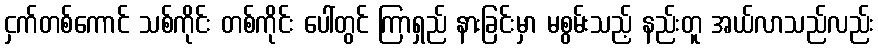
ငှက်တစ်ကောင် သစ်ကိုင်း တစ်ကိုင်း ပေါ်တွင် ကြာရှည် နားခြင်းမှာ မစွမ်းသည့် နည်းတူ အယ်လာသည်လည်း